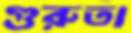
গুরুতা